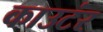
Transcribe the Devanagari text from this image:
काउटंर